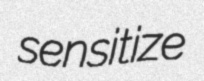
sensitize